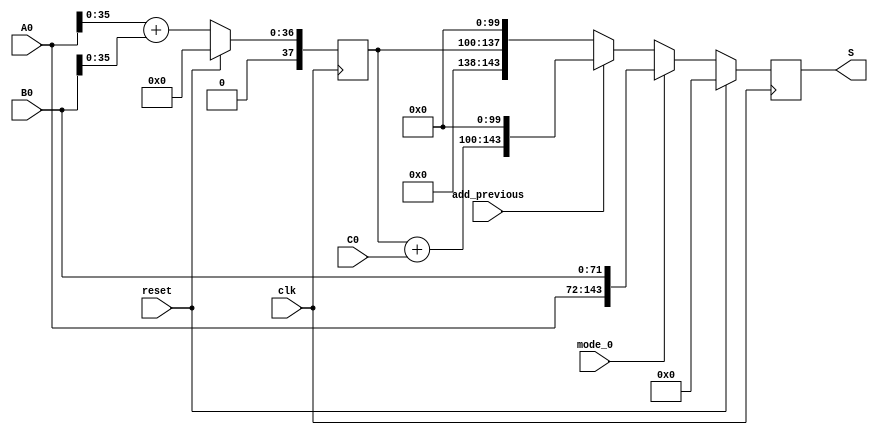
//Two multipliers and adder

module accumulate(
A0,
B0,
C0,
clk,
add_previous,
reset,
mode_0,
S
);

input [71:0] A0;
input [71:0] B0;
input [43:0] C0;
input clk;
input reset;
input add_previous;
input mode_0;
output [143:0] S;


wire [37:0] A0pB0;
wire [43:0] accumulated;
reg [37:0] A0pB0_reg;
reg [143:0] S_temp;

always @(posedge clk)
if (reset) begin
    A0pB0_reg <= 38'b0;
	S_temp <= 144'b0;
    end else begin
    A0pB0_reg <= A0pB0;
	if (mode_0) begin
	S_temp <= {A0[71:0],B0[71:0]};
	end else if (add_previous) begin
    S_temp <= { accumulated , 100'd0};
    end else begin
    S_temp <= {A0pB0_reg, 100'd0};
    end
    
end


assign A0pB0 = A0[35:0] + B0[35:0];
assign accumulated = A0pB0_reg + C0;
assign S = S_temp;

endmodule